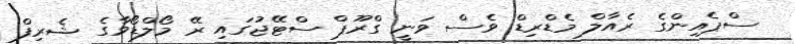
ސްޕެއިންގެ ރެއާލް މެޑްރިޑް ވެސް ވަނީ ގްރޫޕް ސްޓޭޖުގައި ރޭ މޯލްޑޯވާގެ ޝެރިފް